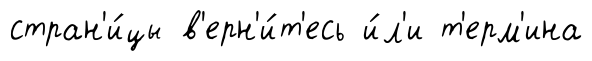
стран'и́цы в'ерн'и́т'есь и́л'и т'ерм'ина